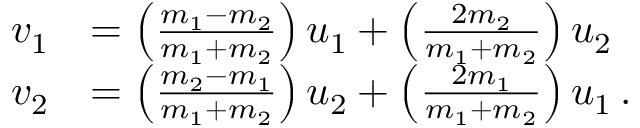
{ \begin{array} { r l } { v _ { 1 } } & { = \left( { \frac { m _ { 1 } - m _ { 2 } } { m _ { 1 } + m _ { 2 } } } \right) u _ { 1 } + \left( { \frac { 2 m _ { 2 } } { m _ { 1 } + m _ { 2 } } } \right) u _ { 2 } } \\ { v _ { 2 } } & { = \left( { \frac { m _ { 2 } - m _ { 1 } } { m _ { 1 } + m _ { 2 } } } \right) u _ { 2 } + \left( { \frac { 2 m _ { 1 } } { m _ { 1 } + m _ { 2 } } } \right) u _ { 1 } \, . } \end{array} }